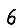
Digit: 6